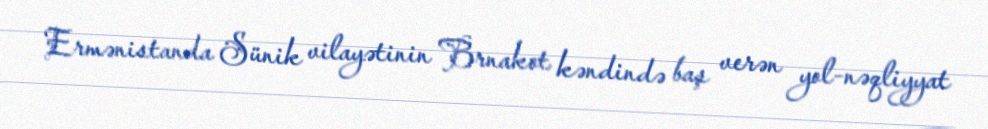
Ermənistanda Sünik vilayətinin Brnakot kəndində baş verən yol-nəqliyyat